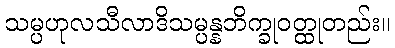
သမ္ပဟုလသီလာဒိသမ္ပန္နဘိက္ခုဝတ္ထုတည်း။